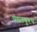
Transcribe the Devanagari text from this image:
पद्मापुश्प